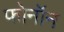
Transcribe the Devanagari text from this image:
फोनॉन